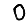
Digit: 0